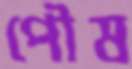
পৌষ